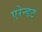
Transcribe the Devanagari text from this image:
एरेन्डट